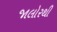
જાલોરથી